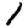
Digit: 1